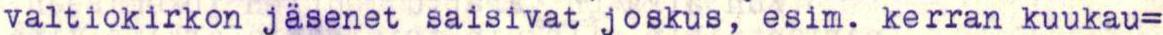
valtiokirkon jäsenet saisivat joskus, esim. kerran kuukau=